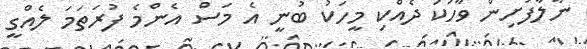
ނާލާފުށިން ވާހަކަ ދެއްކި މީހަކު ބުނީ އެ މަސް އެންމެ ފުރަތަމަ ލެއްގީ